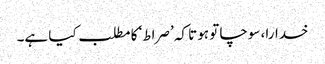
خدارا، سوچا تو ہوتا کہ ’صراط‘ کا مطلب کیا ہے۔